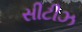
સીટીઝ